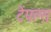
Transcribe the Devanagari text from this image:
टेंपल्स